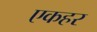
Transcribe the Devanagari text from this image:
एकहर